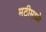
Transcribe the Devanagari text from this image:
मठीमध्ये